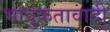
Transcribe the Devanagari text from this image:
भावुकतावादी